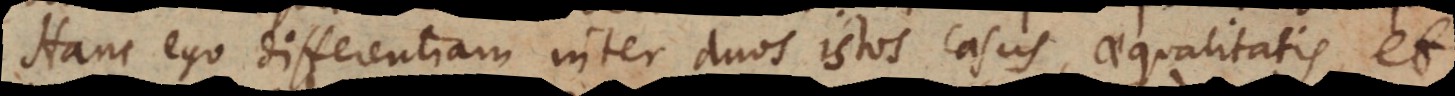
Hanc ego differentiam inter duos istos casus, aequalitatis, et